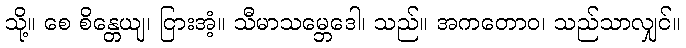
သို့။ စေ စိန္တေယျ၊ ငြားအံ့။ သီမာသမ္ဘေဒေါ၊ သည်။ အကတောဝ၊ သည်သာလျှင်။